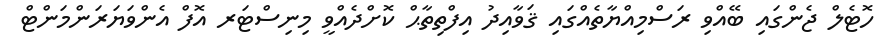
ހޮޓެލް ޖެންގައި ބޭއްވި ރަސްމިއްޔާތެއްގައި ޤަވާއިދު އިފްތިތާޙް ކޮށްދެއްވީ މިނިސްޓަރ އޮފް އެންވަޔަރަންމަންޓް